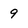
Character: 9